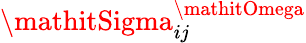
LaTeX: \mathitSigma_{ij}^{\mathitOmega}